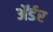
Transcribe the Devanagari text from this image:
ॲर्डर